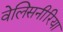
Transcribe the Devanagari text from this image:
वेलिसनीरिया